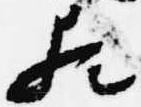
歟